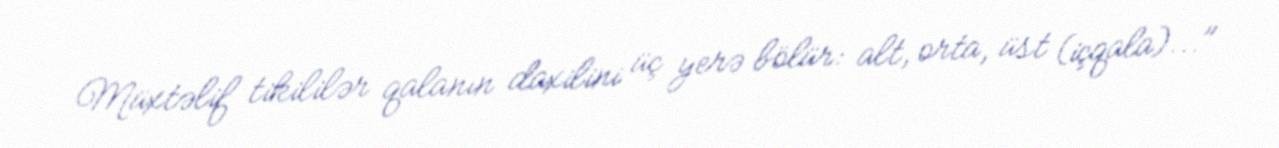
Müxtəlif tikililər qalanın daxilini üç yerə bölür: alt, orta, üst (içqala)..."